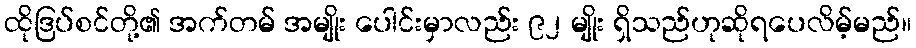
ထိုဒြပ်စင်တို့၏ အက်တမ် အမျိုး ပေါင်းမှာလည်း ၉၂ မျိုး ရှိသည်ဟုဆိုရပေလိမ့်မည်။